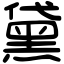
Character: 黛